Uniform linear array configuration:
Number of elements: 64
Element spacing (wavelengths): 1
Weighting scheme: uniform
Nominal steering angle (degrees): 30
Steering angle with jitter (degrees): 28.526
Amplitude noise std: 0.05
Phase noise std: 0.05

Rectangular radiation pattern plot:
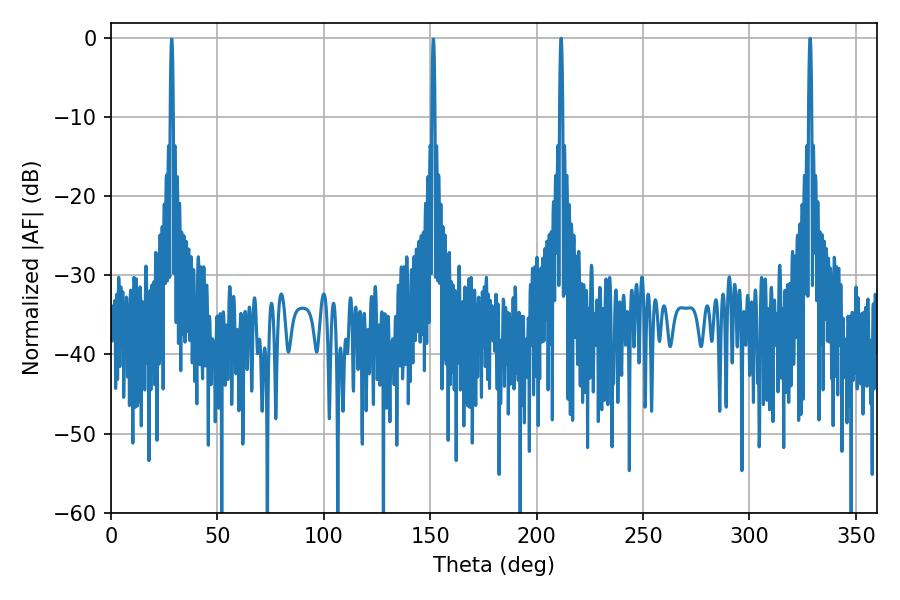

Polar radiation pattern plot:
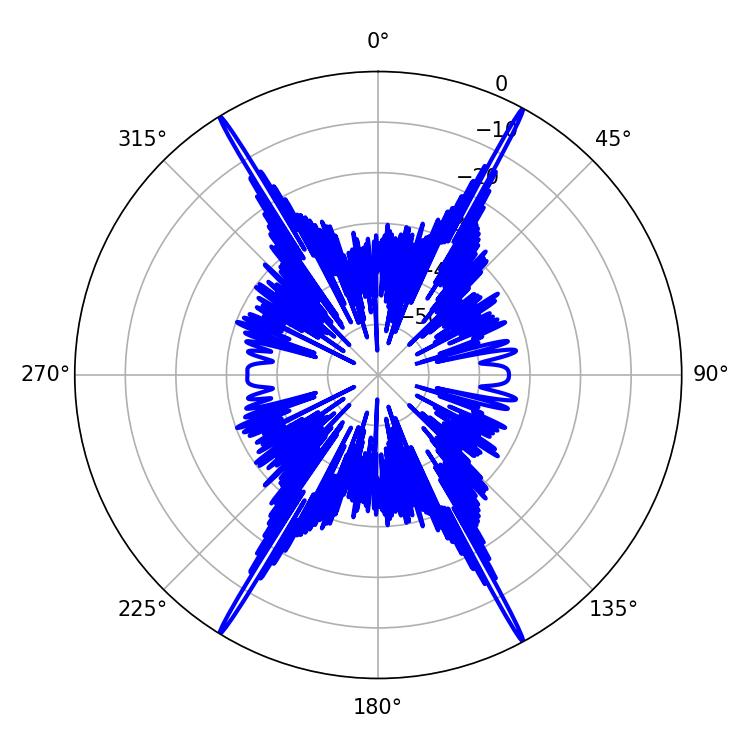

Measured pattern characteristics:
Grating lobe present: TRUE
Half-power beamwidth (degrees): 0.72
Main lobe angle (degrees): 328.5